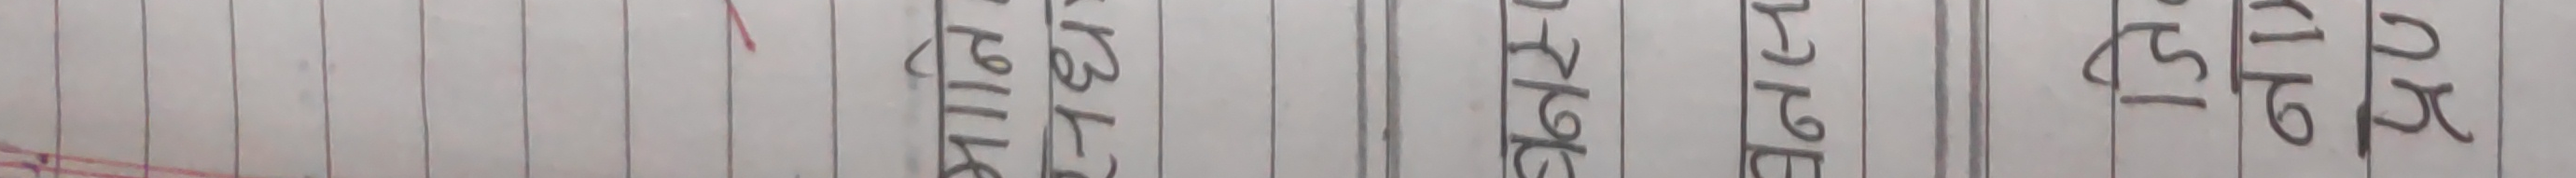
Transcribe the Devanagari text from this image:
र प प १६ १५ १५ २
११ ११ ११ ११ १९ १५ म